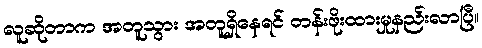
လူဆိုတာက အတူသွား အတူရှိနေရင် တန်းဖိုးထားမှုနည်းလာပြီ။